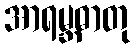
အာရမ္ဘဓာတု